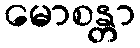
မောစန္တာ